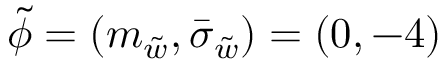
\Tilde { \phi } = \left( m _ { \Tilde { w } } , \bar { \sigma } _ { \Tilde { w } } \right) = ( 0 , - 4 )